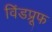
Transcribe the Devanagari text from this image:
विंडप्रूफ